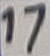
Text: 17